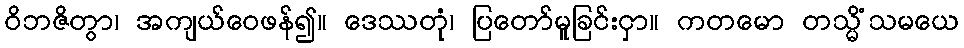
ဝိဘဇိတွာ၊ အကျယ်ဝေဖန်၍။ ဒေဿတုံ၊ ပြတော်မူခြင်းငှာ။ ကတမော တသ္မိံသမယေ